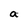
Character: a